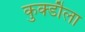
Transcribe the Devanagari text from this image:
कुक्डौला